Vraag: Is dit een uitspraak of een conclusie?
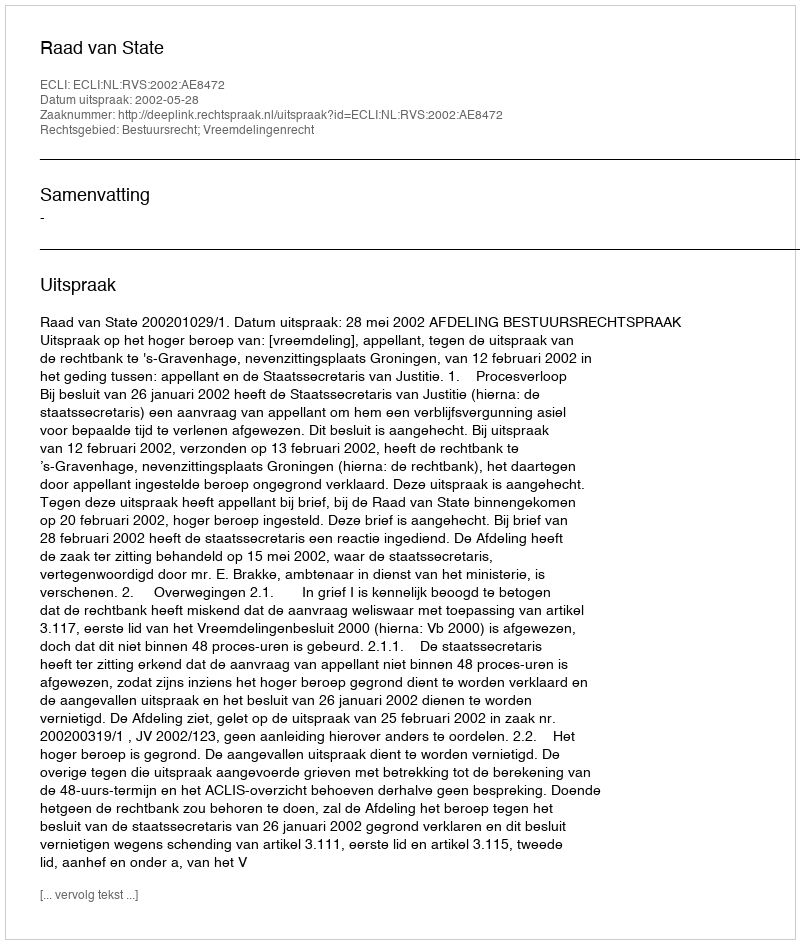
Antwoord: Uitspraak